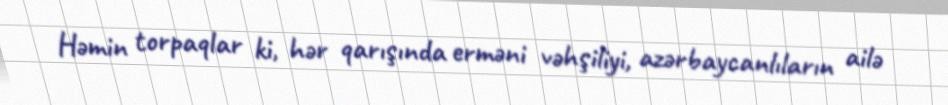
Həmin torpaqlar ki, hər qarışında erməni vəhşiliyi, azərbaycanlıların ailə